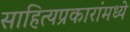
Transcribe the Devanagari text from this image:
साहित्यप्रकारांमध्ये